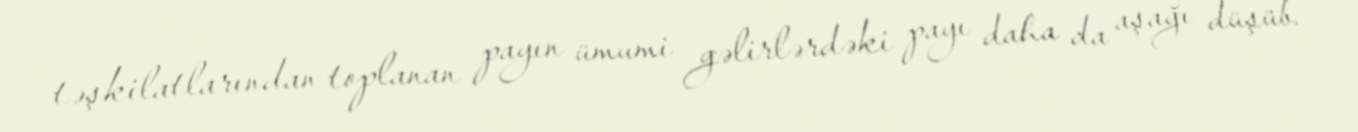
təşkilatlarından toplanan payın ümumi gəlirlərdəki payı daha da aşağı düşüb.